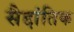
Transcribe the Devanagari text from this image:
सैद्दांतिक